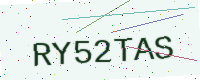
Text: RY52TAS